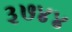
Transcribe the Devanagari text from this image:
३७४४